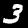
Digit: 3